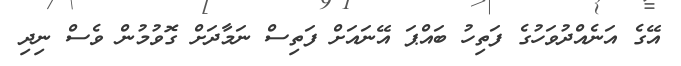
އޭގެ އަނެއްދުވަހުގެ ފަތިހު ބައްޕަ އޭނައަށް ފަތިސް ނަމާދަށް ގޮވުމުން ވެސް ނިދި